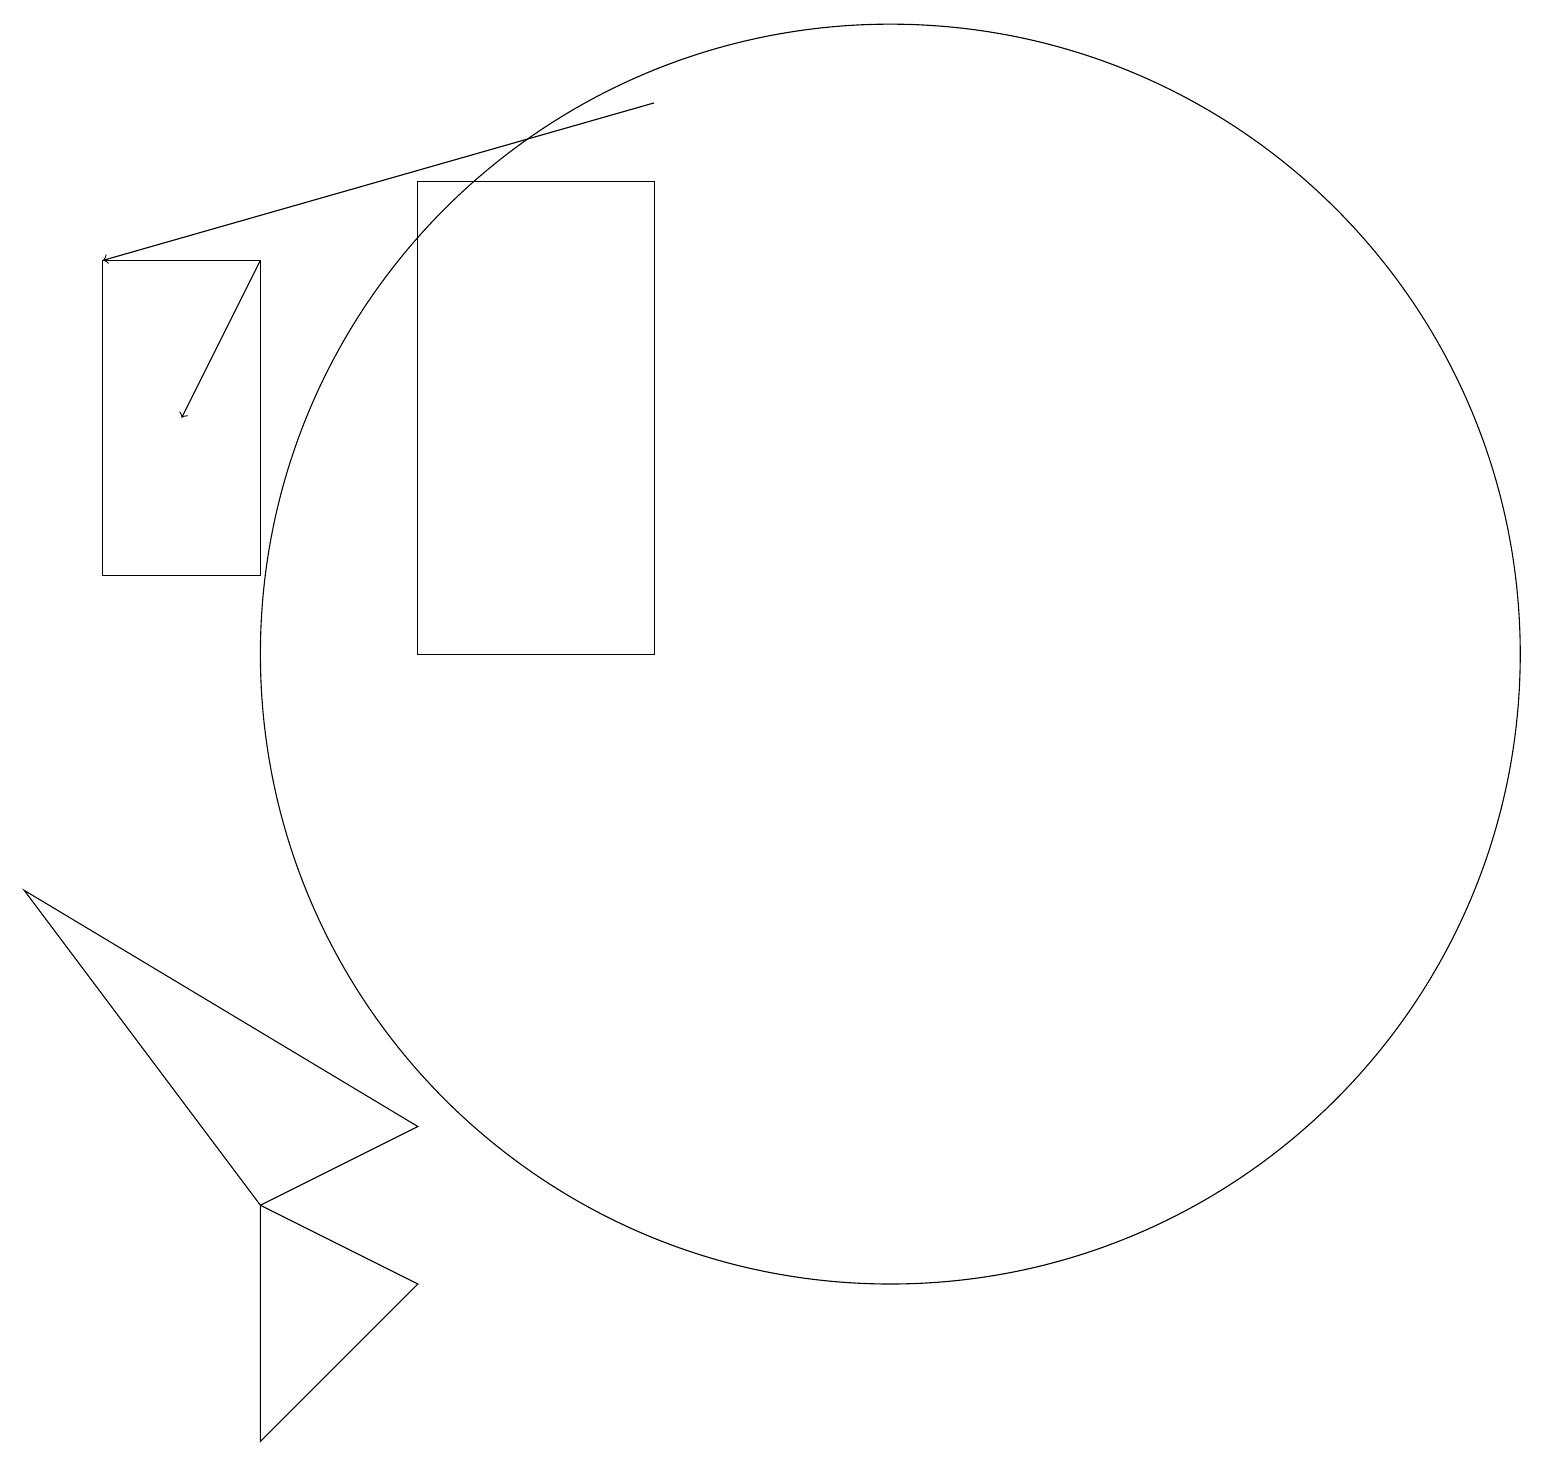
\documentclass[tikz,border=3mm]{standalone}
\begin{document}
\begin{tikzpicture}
\draw (6,3) -- (4,4) -- (4,1) -- cycle;
\draw (4,12) rectangle (2,16);
\draw (4,4) -- (1,8) -- (6,5) -- cycle;
\draw (12,11) circle (8);
\draw[->] (9,18) -- (2,16);
\draw (9,17) rectangle (6,11);
\draw[->] (4,16) -- (3,14);
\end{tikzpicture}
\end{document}